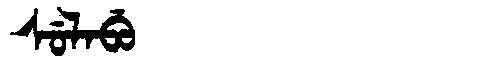
Manchu: ᠰᡠᠯᠠᠪᡠ
Romanization: SULABU